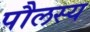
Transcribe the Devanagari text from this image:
पौलस्य